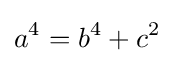
a^{4}=b^{4}+c^{2}